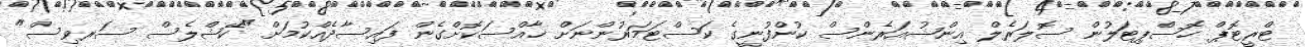
ޓްރީޓޮޕް ހޮސްޕިޓަލުން ސޮލަރެލް އިންޝުއަރެންސް ކުންފުނީގެ ކަސްޓަމަރުންނަށް ޚާއްސަކޮށްގެން ފައިސާދެއްކުމަށް "ކޭޝްލެސް ސަރވިސް"